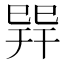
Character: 𢁅